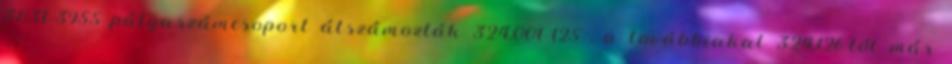
3831–3955 pályaszámcsoport átszámozták 324,001–125 , a továbbiakat 324,126-tól már